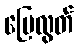
မြေလွတ်